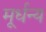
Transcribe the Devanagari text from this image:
मूर्धन्‍य